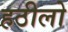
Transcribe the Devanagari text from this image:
हठीलो